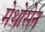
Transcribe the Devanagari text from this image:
मेथोसेन